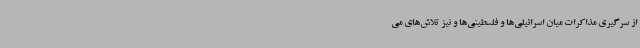
از سرگیری مذاکرات میان اسرائیلی‌ها و فلسطینی‌ها و نیز تلاش‌های می